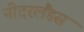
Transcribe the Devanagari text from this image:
नीदरलैंडस